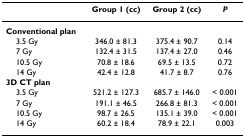
|  | Group 1 (cc) | Group 2 (cc) | P |
 | --- | --- | --- | --- |
 | Conventional plan |  |  |  |
 | 3.5 Gy | 346.0 ± 81.3 | 375.4 ± 90.7 | 0.14 |
 | 7 Gy | 132.4 ± 31.5 | 137.4 ± 27.0 | 0.46 |
 | 10.5 Gy | 70.8 ± 18.6 | 69.5 ± 13.5 | 0.72 |
 | 14 Gy | 42.4 ± 12.8 | 41.7 ± 8.7 | 0.76 |
 | 3D CT plan |  |  |  |
 | 3.5 Gy | 521.2 ± 127.3 | 685.7 ± 146.0 | < 0.001 |
 | 7 Gy | 191.1 ± 46.5 | 266.8 ± 81.3 | < 0.001 |
 | 10.5 Gy | 98.7 ± 26.5 | 135.1 ± 39.0 | < 0.001 |
 | 14 Gy | 60.2 ± 18.4 | 78.9 ± 22.1 | 0.003 |